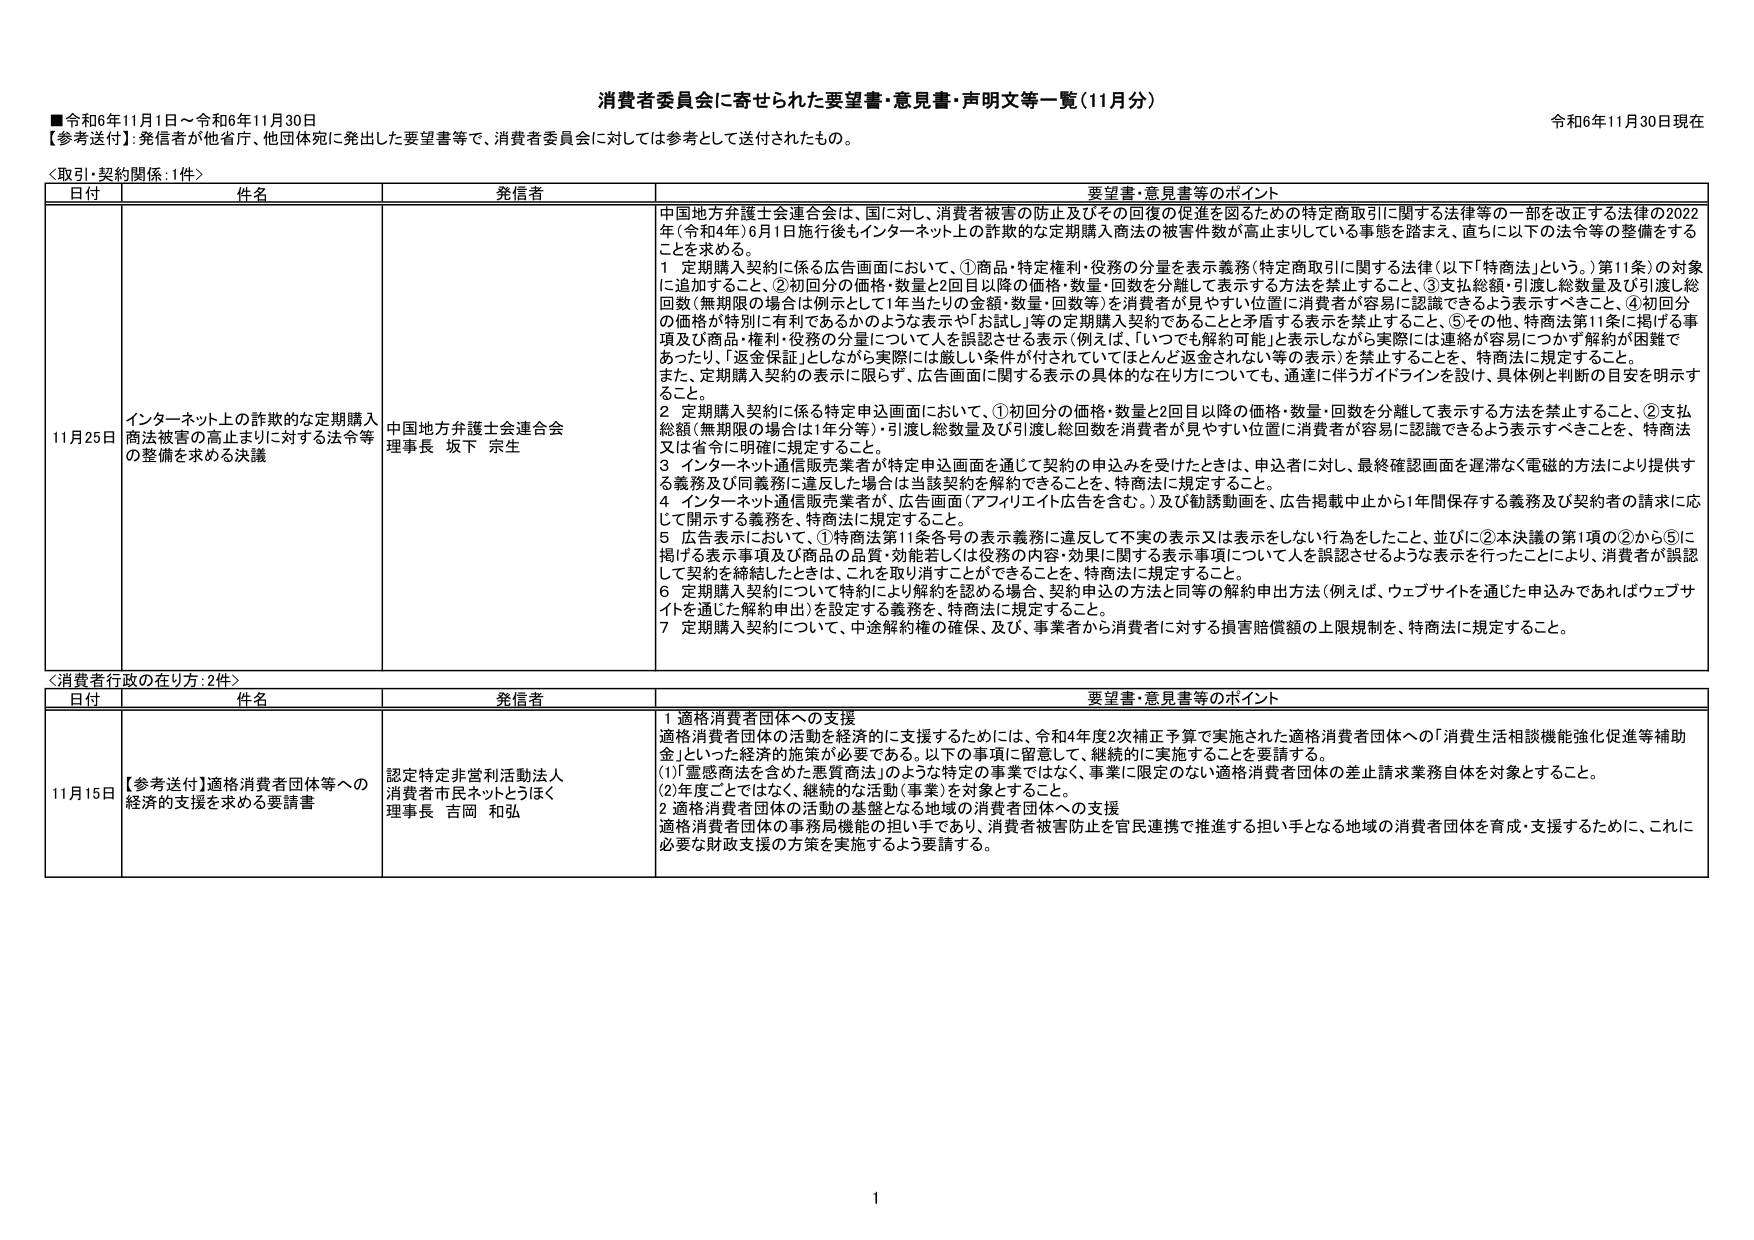
消費者委員会に寄せられた要望書・意見書・声明文等一覧（11月分）
令和6年11月30日現在

■令和6年11月1日～令和6年11月30日
【参考送付】：発信者が他省庁、他団体宛に発出した要望書等で、消費者委員会に対しては参考として送付されたもの。

＜取引・契約関係：1件＞
日付　　件名　　発信者　　要望書・意見書等のポイント

11月25日　インターネット上の詐欺的な定期購入商法被害の高止まりに対する法令等の整備を求める決議　中国地方弁護士会連合会 理事長 坂下 宗生

中国地方弁護士会連合会は、国に対し、消費者被害の防止及びその回復の促進を図るための特定商取引に関する法律等の一部を改正する法律の2022年（令和4年）6月1日施行後もインターネット上の詐欺的な定期購入商法の被害件数が高止まりしている事態を踏まえ、直ちに以下の法令等の整備をする ことを求める。

1　定期購入契約に係る広告画面において、①商品・特定権利・役務の分量を表示義務（特定商取引に関する法律（以下「特商法」という。）第11条）の対象に追加すること、②初回分の価格・数量と2回目以降の価格・数量・回数を分離して表示する方法を禁止すること、③支払総額・引渡し総数量及び引渡し総回数（無期限の場合は例示として1年当たりの金額・数量・回数等）を消費者が見やすい位置に消費者が容易に認識できるよう表示すべきこと、④初回分の価格が特別に有利であるかのような表示や「お試し」等の定期購入契約であることを矛盾する表示を禁止すること、⑤その他、特商法第11条に掲げる事項及び商品・権利・役務の分量についてて人を誤認させる表示（例えば、「いつでも解約可能」と表示しながら実際には連絡が容易につかず解約が困難であったり、「返金保証」としながら実際には厳しい条件が付されていてほとんど返金されない等の表示）を禁止することを、特商法に規定すること。
また、定期購入契約の表示に限らず、広告画面に関する表示の具体的な在り方についても、通達に伴うガイドラインを設計、具体例と判断の目安を明示する こと。

2　定期購入契約に係る特定申込画面において、①初回分の価格・数量と2回目以降の価格・数量・回数を分離して表示する方法を禁止すること、②支払総額（無期限の場合は1年分等）・引渡し総数量及び引渡し総回数を消費者が見やすい位置に消費者が容易に認識できるよう表示すべきことを、特商法又は省令に明確に規定すること。

3　インターネット通信販売業者が特定申込画面を通じて契約の申込みを受けたときは、申込者に対し、最終確認画面を遅滞なく電磁的方法により提供する義務及び同義務に違反した場合は当該契約を解約できることを、特商法に規定すること。

4　インターネット通信販売業者が、広告画面（アフィリエイト広告を含む。）及び勧誘動画を、広告掲載中止から1年間保存する義務及び契約者の請求に応じて開示する義務を、特商法に規定すること。

5　広告表示において、①特商法第11条各号の表示義務に違反して不実の表示又は表示をしない行為をしたこと、並びに②本決議の第1項の②から⑤に掲げる表示事項及び商品の品質・効能若しくは役務の内容・効果に関する表示事項について人を誤認させるような表示を行ったことにより、消費者が誤認して契約を締結したときは、これを取り消すことができるこを、特商法に規定すること。

6　定期購入契約について特約により解約を認める場合、契約申込の方法と同等の解約申出方法（例えば、ウェブサイトを通じた申込みであればウェブサイトを通じた解約申出）を設定する義務を、特商法に規定すること。

7　定期購入契約について、中途解約権の確保、及び、事業者から消費者に対する損害賠償額の上限規制を、特商法に規定すること。

＜消費者行政の在り方：2件＞
日付　　件名　　発信者　　要望書・意見書等のポイント

11月15日　【参考送付】適格消費者団体等への経済的支援を求める要望書　認定特定非営利活動法人 消費者市民ネットとほく 理事長 吉岡 和弘

1　適格消費者団体への支援
適格消費者団体の活動を経済的に支援するためには、令和4年度2次補正予算で実施された適格消費者団体への「消費生活相談機能強化促進等補助金」といった経済的施策が必要である。以下の事項に留意して、継続的に実施することを要請する。
(1)「悪感商法を含めた悪質商法」のような特定の事業ではなく、事業に限定のない適格消費者団体の差止請求業務自体を対象とすること。
(2)年度ごとではなく、継続的な活動（事業）を対象とすること。

2　適格消費者団体の活動の基盤となる地域の消費者団体への支援
適格消費者団体の事務局機能の担い手であり、消費者被害防止を官民連携で推進する担い手となる地域の消費者団体を育成・支援するために、これに必要な財政支援の方策を実施するよう要請する。

1